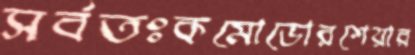
সর্বতঃকমোডোরশেয়ার